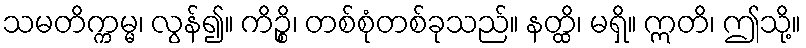
သမတိက္ကမ္မ၊ လွန်၍။ ကိဉ္စိ၊ တစ်စုံတစ်ခုသည်။ နတ္ထိ၊ မရှိ။ ဣတိ၊ ဤသို့။